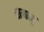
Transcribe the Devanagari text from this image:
सवसु